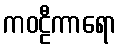
ကဝဠီကာရော